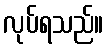
လုပ်ရသည်။